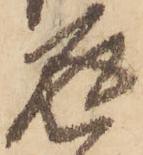
返